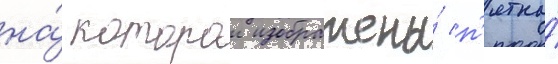
на́ которои изображены́ п'ятна́